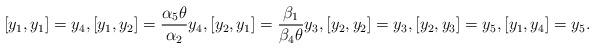
LaTeX: \begin{align*}[y_1, y_1]=y_4, [y_1, y_2]=\frac{\alpha_5\theta}{\alpha_2}y_4, [y_2, y_1]=\frac{\beta_1}{\beta_4\theta}y_3, [y_2, y_2]=y_3, [y_2, y_3]=y_5, [y_1, y_4]=y_5.\end{align*}